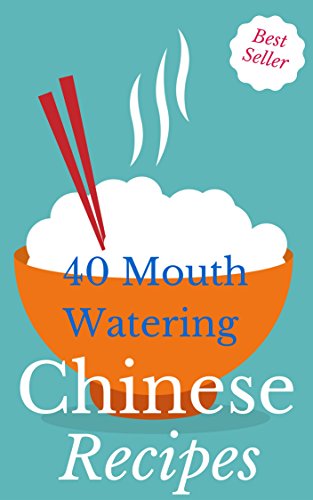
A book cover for Chinese Cooking: Most Mouth Watering Chinese Recipes Ever Offered! (Wok Cookery - Asian - Regional & International - Nutrition - Gourmet - Healthy Living - Rice); Vanessa Lane; Cookbooks, Food & Wine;